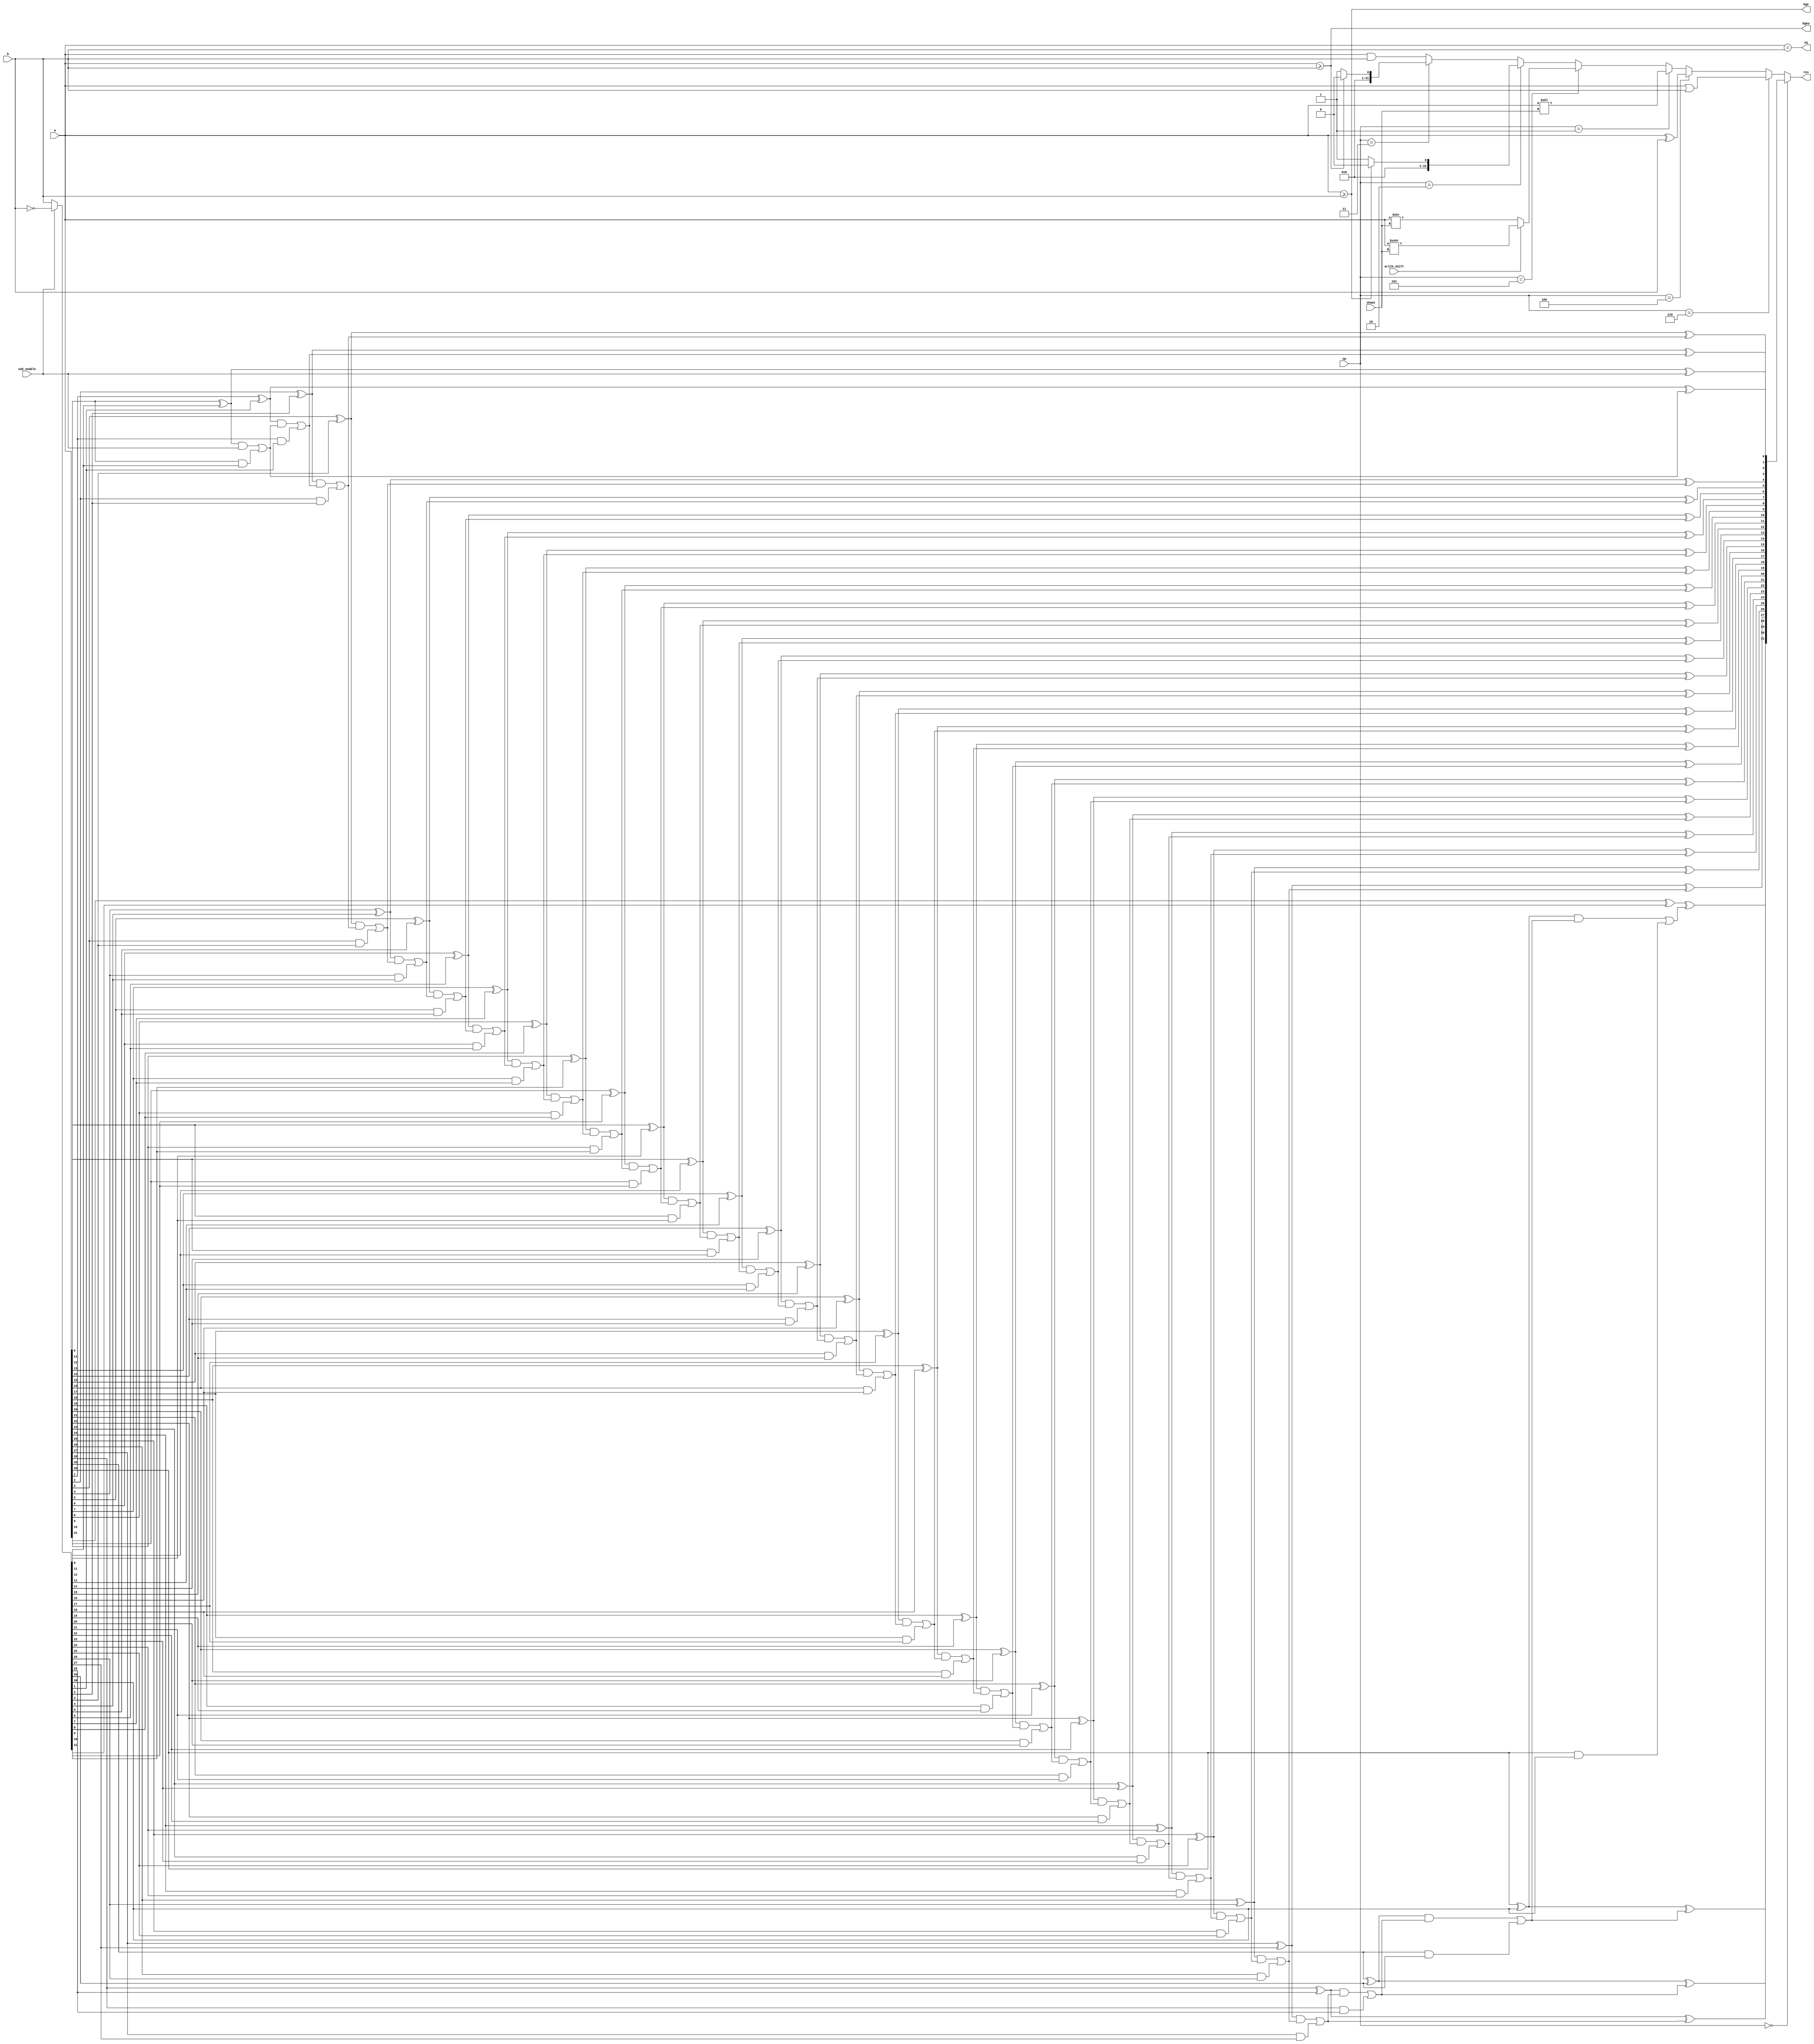
module alu(
  input [WIDTH-1 : 0] a,
  input [WIDTH-1 : 0] b,
  input sub_enable,
  input arith_shift,
  input [2 : 0] op,
  input [SHIFT_WIDTH-1 : 0] shamt,
  output [WIDTH-1 : 0] res,
  output eq,
  output bgeu,
  output bge);

  parameter WIDTH = 32;

  parameter ADD_OP = 3'b000;
  parameter SLT_OP = 3'b010;
  parameter SLTU_OP = 3'b011;
  parameter XOR_OP = 3'b100;
  parameter OR_OP = 3'b110;
  parameter AND_OP = 3'b111;
  parameter SL_OP = 3'b001;
  parameter SR_OP = 3'b101;
  localparam SHIFT_WIDTH = $clog2(WIDTH);

  wire [WIDTH - 1 : 0] carry, b_in, adder, shra, shrl;
  wire slt, sltu;

  assign b_in = sub_enable ? ~(b) : b;
  assign eq = a == b;
  assign bgeu = a >= b;
  assign bge = $signed(a) >= $signed(b);
  assign slt = (!bge) ? 1 : 0;
  assign sltu = (!bgeu) ? 1 : 0;
  assign shra = $signed(a) >>> shamt;
  assign shrl = a >> shamt;

  assign res = (op == ADD_OP) ? adder : (op == OR_OP) ? (a | b) : (op == XOR_OP) ? (a ^ b) :
               (op == SL_OP) ? (a << shamt) : (op == SR_OP) ? (arith_shift ? shra : shrl) :
               (op == SLT_OP) ? slt : (op == SLTU_OP) ? sltu : a & b;

  genvar i;
  generate
    for (i = 0; i < WIDTH; i = i + 1) begin
      if (i == 0) begin
        assign adder[i] = (a[i] ^ b_in[i]) ^ sub_enable;
        assign carry[i] = ((a[i] ^ b_in[i]) & sub_enable) | (a[i] & b_in[i]);
      end else begin
        assign adder[i] = (a[i] ^ b_in[i]) ^ carry[i-1];
        assign carry[i] = ((a[i] ^ b_in[i]) & carry[i-1]) | (a[i] & b_in[i]);
      end
    end
  endgenerate

endmodule